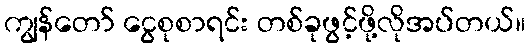
ကျွန်တော် ငွေစုစာရင်း တစ်ခုဖွင့်ဖို့လိုအပ်တယ်။